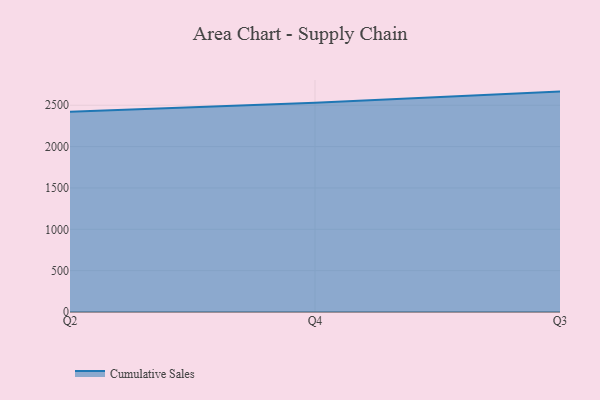
{"axis": {"x": "Quarter", "y": "Tickets Resolved"}, "legend": ["Cumulative Sales"], "data": [{"x": "Q2", "y": 2421.2, "type": "Cumulative Sales"}, {"x": "Q4", "y": 2531.2, "type": "Cumulative Sales"}, {"x": "Q3", "y": 2664.9, "type": "Cumulative Sales"}]}